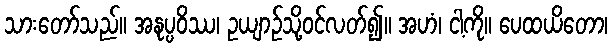
သားတော်သည်။ အနုပ္ပဝိဿ၊ ဥယျာဉ်သို့ဝင်လတ်၍။ အဟံ၊ ငါ့ကို။ ပေထယိတော၊